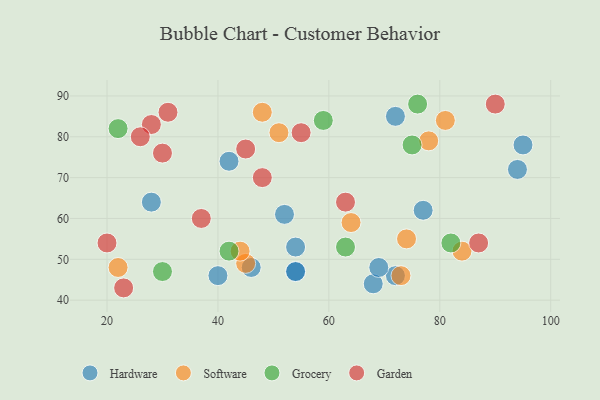
{"axis": {"x": "GDP", "y": "Life Expectancy"}, "legend": ["Garden", "Grocery", "Hardware", "Software"], "data": [{"x": "42", "y": 74, "type": "Hardware"}, {"x": "40", "y": 46, "type": "Hardware"}, {"x": "28", "y": 64, "type": "Hardware"}, {"x": "77", "y": 62, "type": "Hardware"}, {"x": "46", "y": 48, "type": "Hardware"}, {"x": "68", "y": 44, "type": "Hardware"}, {"x": "54", "y": 47, "type": "Hardware"}, {"x": "72", "y": 46, "type": "Hardware"}, {"x": "54", "y": 53, "type": "Hardware"}, {"x": "54", "y": 47, "type": "Hardware"}, {"x": "94", "y": 72, "type": "Hardware"}, {"x": "69", "y": 48, "type": "Hardware"}, {"x": "52", "y": 61, "type": "Hardware"}, {"x": "95", "y": 78, "type": "Hardware"}, {"x": "72", "y": 85, "type": "Hardware"}, {"x": "48", "y": 86, "type": "Software"}, {"x": "22", "y": 48, "type": "Software"}, {"x": "51", "y": 81, "type": "Software"}, {"x": "64", "y": 59, "type": "Software"}, {"x": "81", "y": 84, "type": "Software"}, {"x": "73", "y": 46, "type": "Software"}, {"x": "84", "y": 52, "type": "Software"}, {"x": "45", "y": 49, "type": "Software"}, {"x": "74", "y": 55, "type": "Software"}, {"x": "44", "y": 52, "type": "Software"}, {"x": "78", "y": 79, "type": "Software"}, {"x": "59", "y": 84, "type": "Grocery"}, {"x": "42", "y": 52, "type": "Grocery"}, {"x": "63", "y": 53, "type": "Grocery"}, {"x": "22", "y": 82, "type": "Grocery"}, {"x": "75", "y": 78, "type": "Grocery"}, {"x": "30", "y": 47, "type": "Grocery"}, {"x": "76", "y": 88, "type": "Grocery"}, {"x": "82", "y": 54, "type": "Grocery"}, {"x": "23", "y": 43, "type": "Garden"}, {"x": "37", "y": 60, "type": "Garden"}, {"x": "28", "y": 83, "type": "Garden"}, {"x": "20", "y": 54, "type": "Garden"}, {"x": "30", "y": 76, "type": "Garden"}, {"x": "63", "y": 64, "type": "Garden"}, {"x": "55", "y": 81, "type": "Garden"}, {"x": "87", "y": 54, "type": "Garden"}, {"x": "31", "y": 86, "type": "Garden"}, {"x": "26", "y": 80, "type": "Garden"}, {"x": "45", "y": 77, "type": "Garden"}, {"x": "48", "y": 70, "type": "Garden"}, {"x": "90", "y": 88, "type": "Garden"}]}